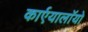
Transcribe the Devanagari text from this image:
कार्एयालाॅयो